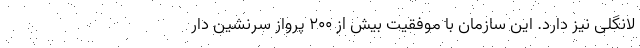
لانگلی نیز دارد. این سازمان با موفقیت بیش از ۲۰۰ پرواز سرنشین دار